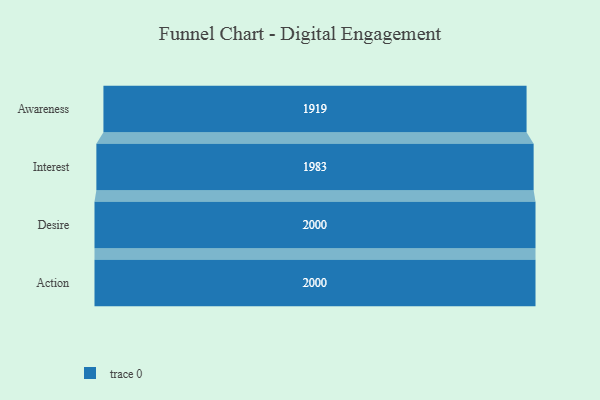
{"axis": {"x": "Stage", "y": "Value"}, "legend": [""], "data": [{"x": "Awareness", "y": 1919.0, "type": ""}, {"x": "Interest", "y": 1983.0, "type": ""}, {"x": "Desire", "y": 2000, "type": ""}, {"x": "Action", "y": 2000, "type": ""}]}